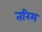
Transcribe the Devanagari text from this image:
तरिम